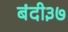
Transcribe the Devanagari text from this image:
बंदी३७